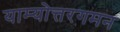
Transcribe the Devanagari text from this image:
याम्योत्तरगमन